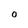
Character: 0